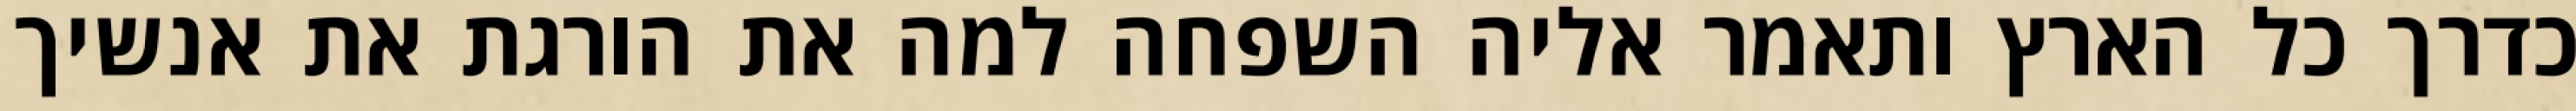
כדרך כל הארץ ותאמר אליה השפחה למה את הורגת את אנשיך